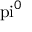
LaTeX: \mathrm { \ p i } ^ { 0 }